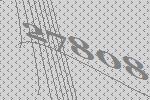
27808